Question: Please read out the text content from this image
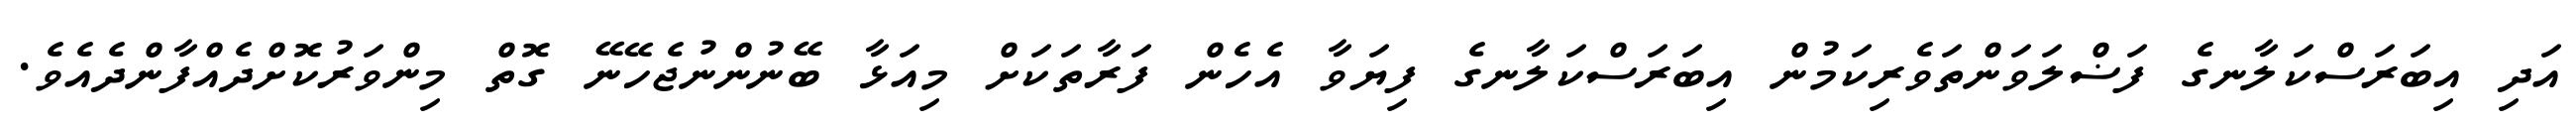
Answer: އަދި އިބަރަސްކަލާނގެ ފަޟްލަވަންތަވެރިކަމުން އިބަރަސްކަލާނގެ ފިޔަވާ އެހެން ފަރާތަކަށް މިއަޅާ ބޭނުންނުޖެހޭނޭ ގޮތް މިންވަރުކޮށްދެއްފާންދެއެވެ.